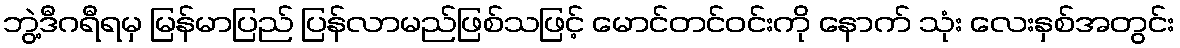
ဘွဲ့ဒီဂရီရမှ မြန်မာပြည် ပြန်လာမည်ဖြစ်သဖြင့် မောင်တင်ဝင်းကို နောက် သုံး လေးနှစ်အတွင်း